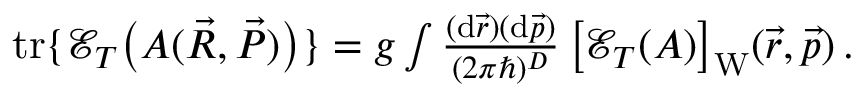
\begin{array} { r } { \mathrm { t r } \{ \mathcal E _ { T } \big ( A ( \vec { R } , \vec { P } ) \big ) \} = g \int \frac { ( \mathrm { d } \vec { r } ) ( \mathrm { d } \vec { p } ) } { ( 2 \pi \hbar ) ^ { D } } \, \big [ \mathcal E _ { T } ( A ) \big ] _ { \mathrm { W } } ( \vec { r } , \vec { p } ) \, . } \end{array}